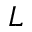
L